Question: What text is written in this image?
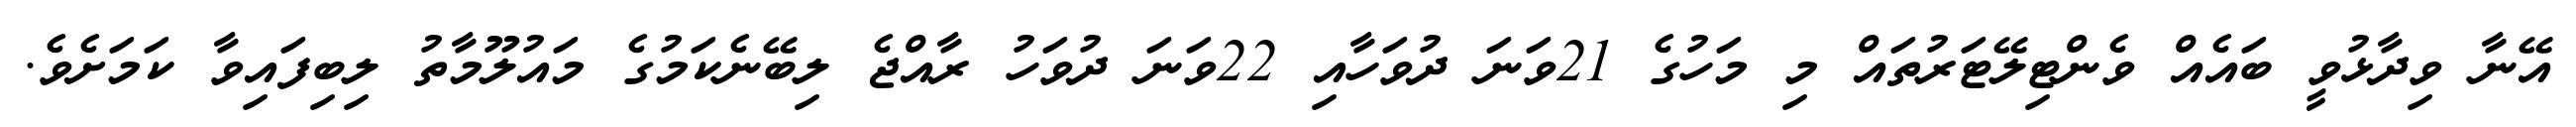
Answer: އޭނާ ވިދާޅުވީ ބައެއް ވެންޓިލޭޓަރުތައް މި މަހުގެ 21ވަނަ ދުވަހާއި 22ވަނަ ދުވަހު ރާއްޖެ ލިބޭނެކަމުގެ މައުލޫމާތު ލިބިފައިވާ ކަމަށެވެ.